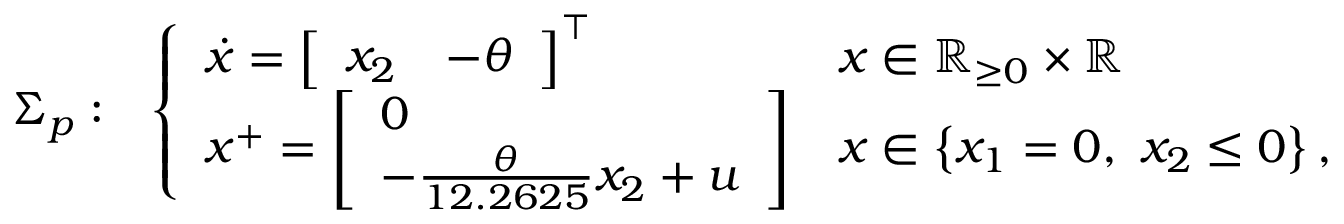
\begin{array} { r l } { \Sigma _ { p } : } & { \left\{ \begin{array} { l l } { \dot { x } = \left[ \begin{array} { l l } { x _ { 2 } } & { - \theta } \end{array} \right] ^ { \top } } & { x \in \mathbb { R } _ { \geq 0 } \times \mathbb { R } } \\ { x ^ { + } = \left[ \begin{array} { l } { 0 } \\ { - \frac { \theta } { 1 2 . 2 6 2 5 } x _ { 2 } + u } \end{array} \right] } & { x \in \left\{ x _ { 1 } = 0 , ~ x _ { 2 } \leq 0 \right\} , } \end{array} \right. } \end{array}